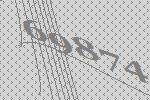
69874